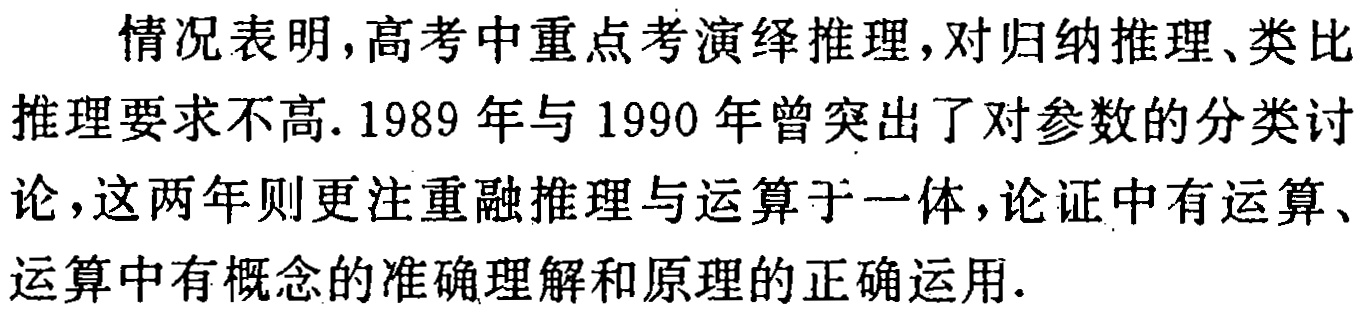
情况表明,高考中重点考演绎推理,对归纳推理、类比推理要求不高.1989 年与 1990 年曾突出了对参数的分类讨论,这两年则更注重融推理与运算于一体,论证中有运算、运算中有概念的准确理解和原理的正确运用.